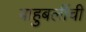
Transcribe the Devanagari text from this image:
बाहुबलींची